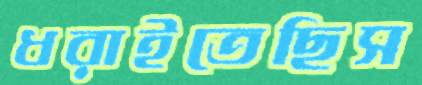
ধরাইতেছিস